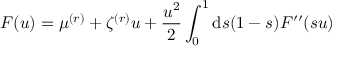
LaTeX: F ( u ) = \mu ^ { ( r ) } + \zeta ^ { ( r ) } u + \frac { u ^ { 2 } } { 2 } \int _ { 0 } ^ { 1 } \mathrm { d } s ( 1 - s ) F ^ { \prime \prime } ( s u )